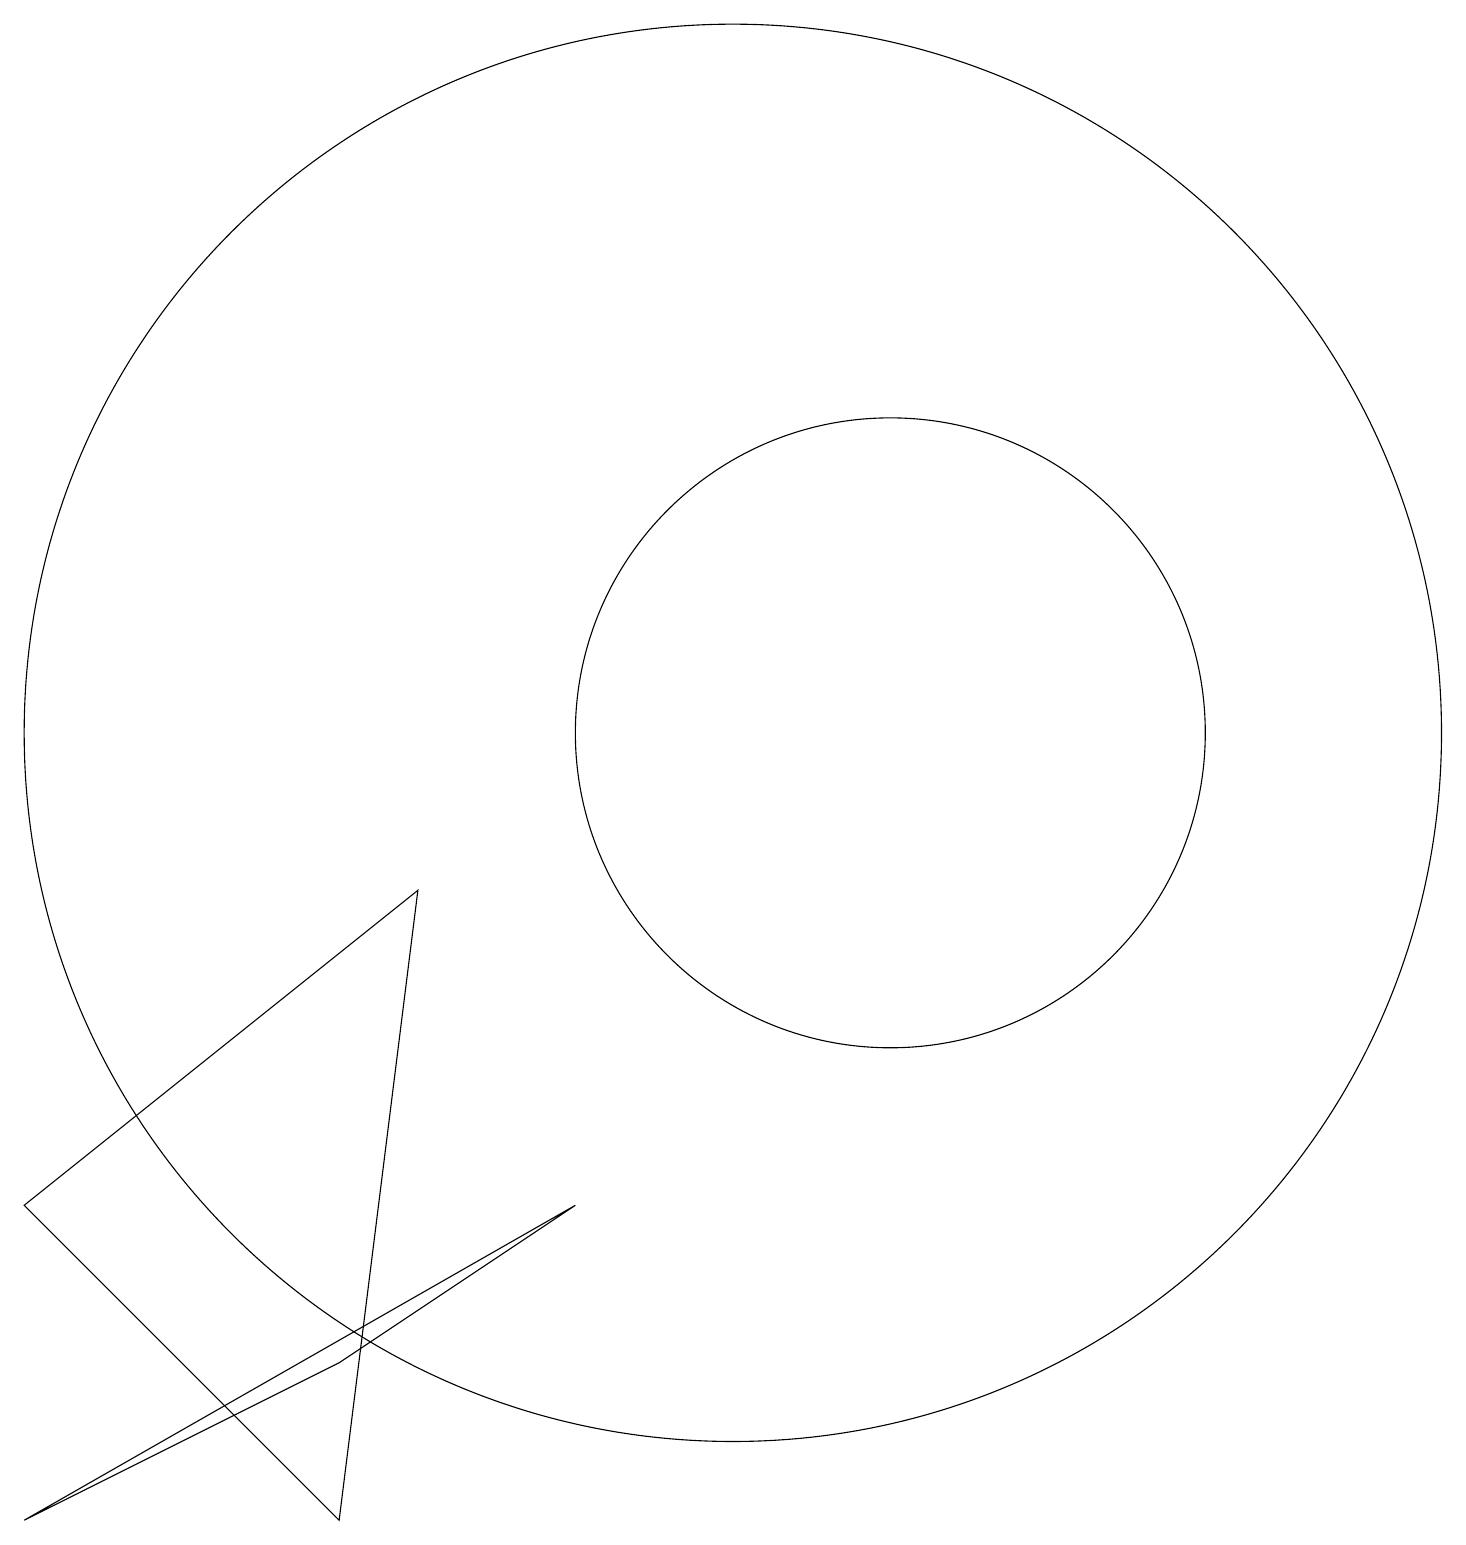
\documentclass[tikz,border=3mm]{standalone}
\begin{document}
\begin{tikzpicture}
\draw (12,11) circle (4);
\draw (10,11) circle (9);
\draw (8,5) -- (5,3) -- (1,1) -- cycle;
\draw (6,9) -- (1,5) -- (5,1) -- cycle;
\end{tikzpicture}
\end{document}